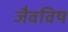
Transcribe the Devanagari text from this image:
जैवविष